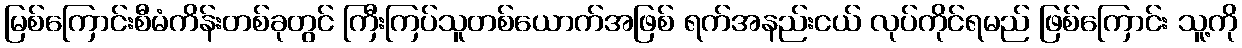
မြစ်ကြောင်းစီမံကိန်းတစ်ခုတွင် ကြီးကြပ်သူတစ်ယောက်အဖြစ် ရက်အနည်းငယ် လုပ်ကိုင်ရမည် ဖြစ်ကြောင်း သူ့ကို